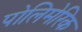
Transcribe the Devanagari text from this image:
पोलिमेरिक